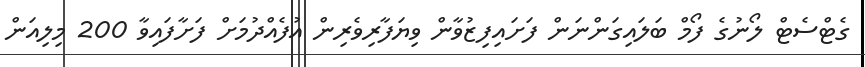
ގެޓްސެޓް ލޯނުގެ ފޯމް ބަލައިގަންނަން ފަށައިފިޒުވާން ވިޔަފާރިވެރިން އުފެއްދުމަށް ފަށާފައިވާ 200 މިލިއަން